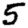
Digit: 5